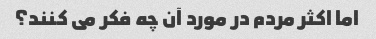
اما اکثر مردم در مورد آن چه فکر می کنند؟